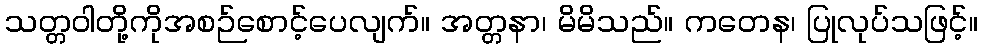
သတ္တဝါတို့ကိုအစဉ်စောင့်ပေလျက်။ အတ္တနာ၊ မိမိသည်။ ကတေန၊ ပြုလုပ်သဖြင့်။